Source: Handwritten
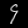
Digit: ၄ (4)